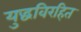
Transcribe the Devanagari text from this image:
युद्धविरहित